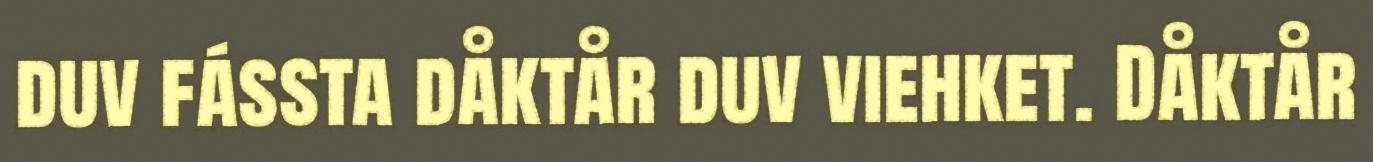
duv fássta dåktår duv viehket. Dåktår